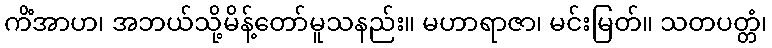
ကိံအာဟ၊ အဘယ်သို့မိန့်တော်မူသနည်း။ မဟာရာဇာ၊ မင်းမြတ်။ သတပတ္တံ၊